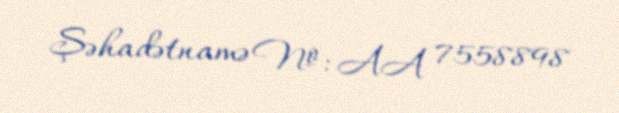
Şəhadətnamə №: AA 7558898